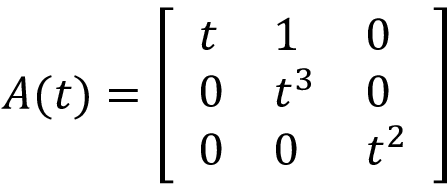
A ( t ) = { \left[ \begin{array} { l l l } { t } & { 1 } & { 0 } \\ { 0 } & { t ^ { 3 } } & { 0 } \\ { 0 } & { 0 } & { t ^ { 2 } } \end{array} \right] }